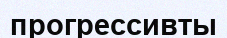
прогрессивты